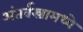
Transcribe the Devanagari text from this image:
अंतर्वस्त्रामध्ये